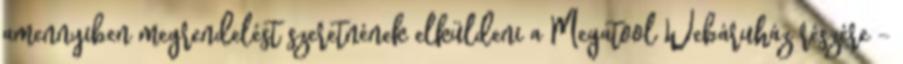
amennyiben megrendelést szeretnének elküldeni a Megatool Webáruház részére –